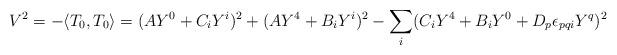
LaTeX: \begin{align*}V ^2 = - \langle T_0, T_0 \rangle = (A Y^0 + C_i Y^i) ^2 + (AY^4 + B_i Y^i)^2 -\sum_i (C_i Y^4 + B_iY^0 + D_p \epsilon_{pqi} Y^q)^2\end{align*}